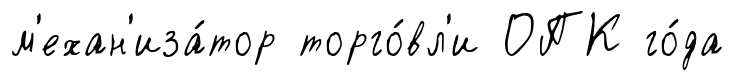
м'ехан'иза́тор торго́вл'и ОПК го́да